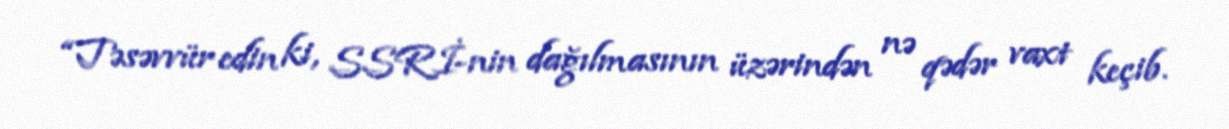
“Təsəvvür edin ki, SSRİ-nin dağılmasının üzərindən nə qədər vaxt keçib.